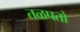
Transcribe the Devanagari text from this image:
तळपतो